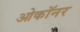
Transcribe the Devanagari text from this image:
ओकॉनर